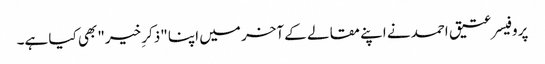
پروفیسر عتیق احمد نے اپنے مقالے کے آخر میں اپنا "ذکرِ خیر" بھی کیا ہے۔